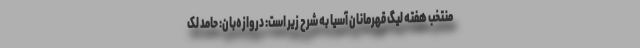
منتخب هفته لیگ قهرمانان آسیا به شرح زیر است: دروازه‌بان: حامد لک